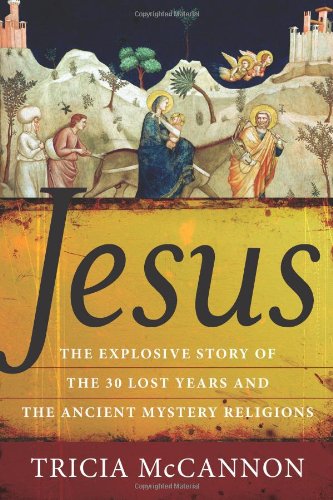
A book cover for Jesus: The Explosive Story of the 30 Lost Years and the Ancient Mystery Religions; Tricia McCannon; Christian Books & Bibles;